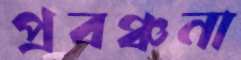
প্রবঞ্চনা